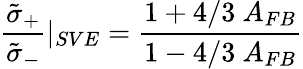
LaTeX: {\frac{\tilde{\sigma}_{+}}{\tilde{\sigma}_{-}}}\vert_{SVE}={\frac{1+4/3\ A_{FB}}{1-4/3\ A_{FB}}}